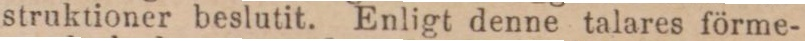
struktioner beslutit. Enligt denne talares förme-